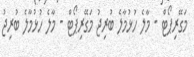
މަގޭރިޕޯޓް - މާލެ ހުޅުމާލެ ބުރިޖު މަގޭރިޕޯޓް - މާލެ ހުޅުމާލެ ބުރިޖު